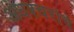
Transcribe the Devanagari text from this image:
अधश्चरांचे